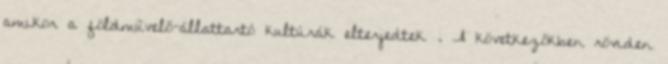
amikor a földművelő-állattartó kultúrák elterjedtek . A következőkben röviden